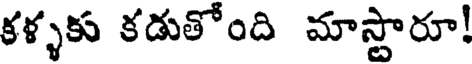
కళ్ళకు కడుతోంది మాస్టారూ!